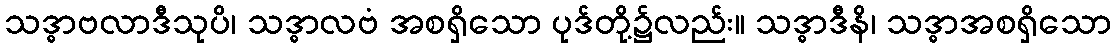
သဒ္ဓာဗလာဒီသုပိ၊ သဒ္ဓာလဗံ အစရှိသော ပုဒ်တို့၌လည်း။ သဒ္ဓာဒီနိ၊ သဒ္ဓာအစရှိသော